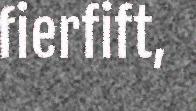
fierfift,